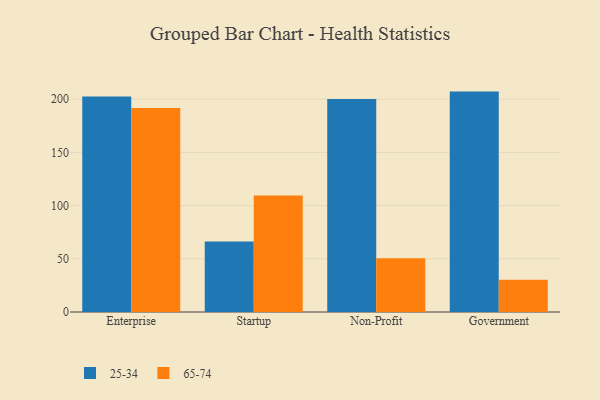
{"axis": {"x": "Segment", "y": "Churn Rate (%)"}, "legend": ["25-34", "65-74"], "data": [{"x": "Enterprise", "y": 202.4, "type": "25-34"}, {"x": "Enterprise", "y": 191.6, "type": "65-74"}, {"x": "Startup", "y": 66.2, "type": "25-34"}, {"x": "Startup", "y": 109.4, "type": "65-74"}, {"x": "Non-Profit", "y": 200.1, "type": "25-34"}, {"x": "Non-Profit", "y": 50.4, "type": "65-74"}, {"x": "Government", "y": 207.1, "type": "25-34"}, {"x": "Government", "y": 30.2, "type": "65-74"}]}